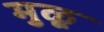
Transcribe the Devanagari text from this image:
मुळू